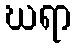
ဃရာ